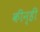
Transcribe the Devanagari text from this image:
कीन्‍ही